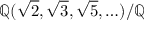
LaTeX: \mathbb { Q } ( { \sqrt { 2 } } , { \sqrt { 3 } } , { \sqrt { 5 } } , \ldots ) / \mathbb { Q }